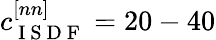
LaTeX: c_{\mathrm{~I~S~D~F~}}^{[nn]}=20-40